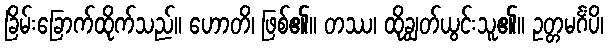
ခြိမ်းခြောက်ထိုက်သည်။ ဟောတိ၊ ဖြစ်၏။ တဿ၊ ထိုချွတ်ယွင်းသူ၏။ ဥတ္တမင်္ဂံပိ၊